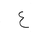
Letter: _ayn